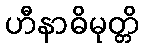
ဟီနာဓိမုတ္တိ